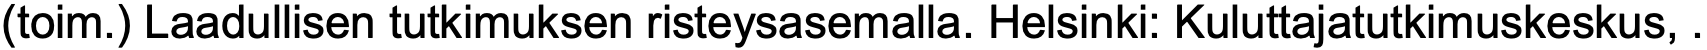
(toim.) Laadullisen tutkimuksen risteysasemalla. Helsinki: Kuluttajatutkimuskeskus, .